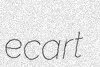
ecart